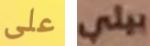
على بيلي